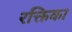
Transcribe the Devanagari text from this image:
रक्तिका